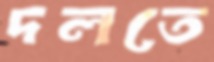
দলতে